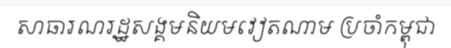
សាធារណរដ្ឋសង្គមនិយមវៀតណាម ប្រចាំកម្ពុជា